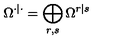
\Omega ^ { \cdot | \cdot } = \bigoplus _ { r , s } \Omega ^ { r | s }